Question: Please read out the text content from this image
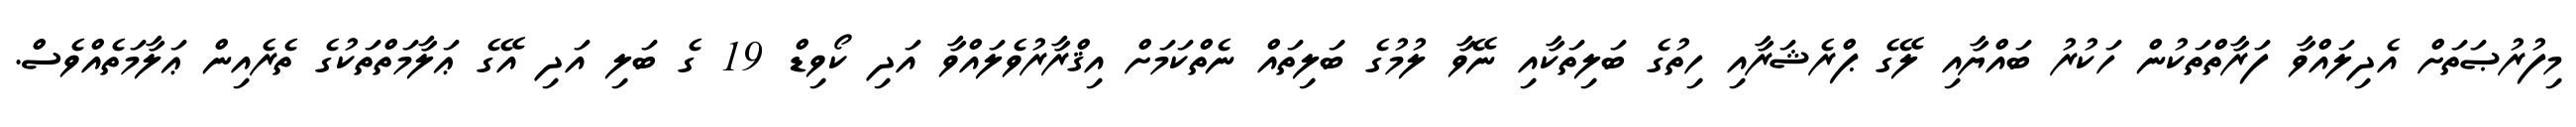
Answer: މިފުރުޞަތަށް އެދިލައްވާ ފަރާތްތަކުން ހަކުރު ބައްޔާއި ލޭގެ ޕްރެޝަރާއި ހިތުގެ ބަލިތަކާއި ނޭވާ ލުމުގެ ބަލިތައް ނެތްކަމަށް އިޤްރާރުވެލައްވާ އަދި ކޯވިޑް 19 ގެ ބަލި އަދި އޭގެ ޢަލާމަތްތަކުގެ ތެރެއިން ޢަލާމަތެއްވެސް.